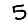
Digit: 5